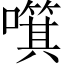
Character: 𱕍